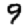
Digit: 9